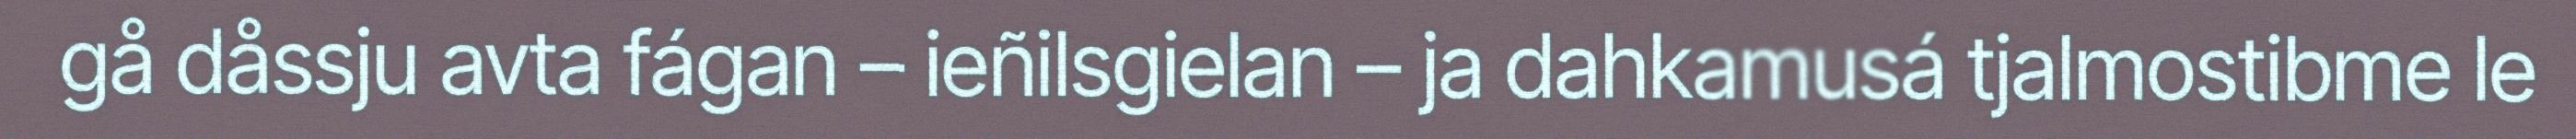
gå dåssju avta fágan – ieñilsgielan – ja dahkamusá tjalmostibme le